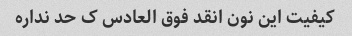
کیفیت این نون انقد فوق العادس ک حد نداره